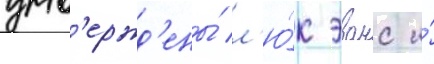
утв'ержд'ены́ л'ю́к эванс и́